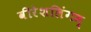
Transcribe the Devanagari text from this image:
वीरेशलिंगम्